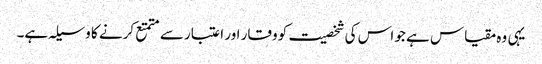
یہی وہ مقیاس ہے جو اس کی شخصیت کو وقار اور اعتبار سے متمتع کرنے کا وسیلہ ہے۔